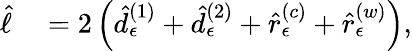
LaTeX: \begin{array}{rl}{\hat{\ell}}&{{}=2\left(\hat{d}_{\epsilon}^{\left(1\right)}+\hat{d}_{\epsilon}^{\left(2\right)}+\hat{r}_{\epsilon}^{\left(c\right)}+\hat{r}_{\epsilon}^{\left(w\right)}\right),}\end{array}